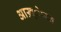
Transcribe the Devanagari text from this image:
आख़्ेारत